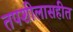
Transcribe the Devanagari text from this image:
तपशीलासहीत